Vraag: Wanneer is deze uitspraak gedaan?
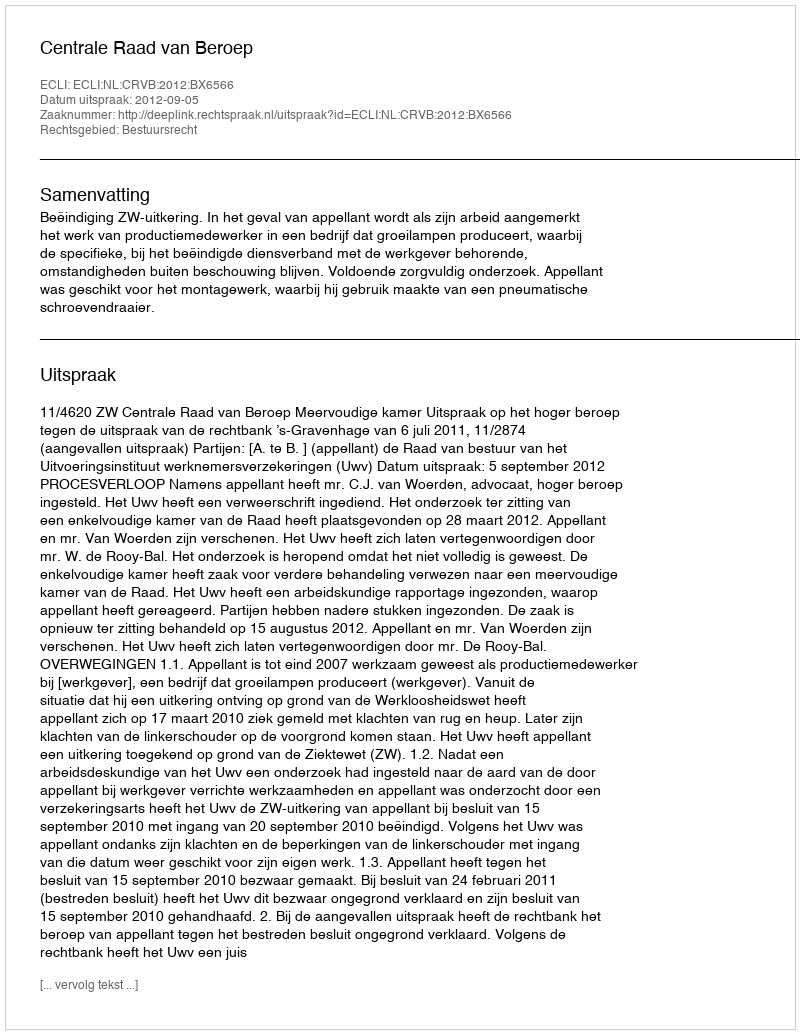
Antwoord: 2012-09-05